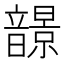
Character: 𩐿